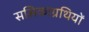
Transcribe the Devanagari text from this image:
ससिकाग्रथियों